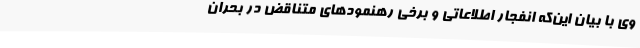
وی با بیان این‌که انفجار اطلاعاتی و برخی رهنمودهای متناقض در بحران